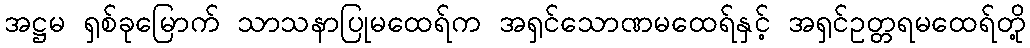
အဋ္ဌမ ရှစ်ခုမြောက် သာသနာပြုမထေရ်က အရှင်သောဏမထေရ်နှင့် အရှင်ဥတ္တရမထေရ်တို့